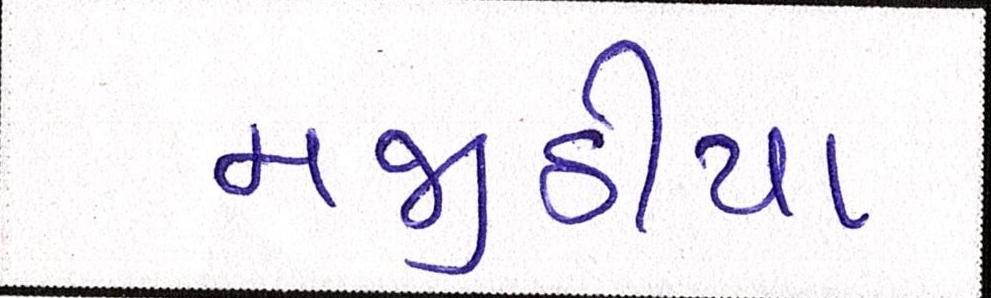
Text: મજીઠીયા